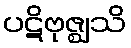
ပဋိဗုဇ္ဈသိ